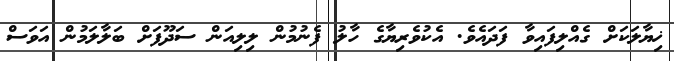
ޚިޔާލަކަށް ގެއްލިފައިވާ ފަދައެވެ. އެކުވެރިޔާގެ ހާލު ފެނުމުން ލިލިއަން ސަދޫފަށް ބަލާލަމުން އަވަސް